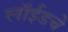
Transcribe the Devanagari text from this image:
लॉईडचे